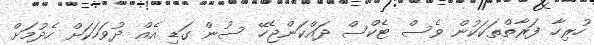
ހުރިހާ ފަރާތްތަކަކުން ވެސް ޓެކްސް ދައްކަންޖެހޭ ސުން ގަޑި އެއް ދުވަހަކަށް ހެދުމަށް